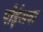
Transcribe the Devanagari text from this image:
पोईअवा